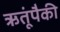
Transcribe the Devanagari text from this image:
ऋतूंपैकी